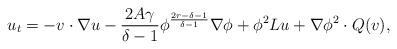
LaTeX: \begin{align*}u_t=-v\cdot\nabla u -\frac{2A\gamma}{\delta-1}\phi^{\frac{2r-\delta-1}{\delta-1}}\nabla \phi+\phi^2 Lu+\nabla \phi^2\cdot Q(v),\end{align*}